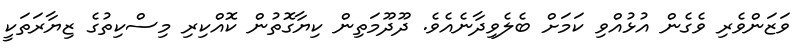
ވަޒަންވެރި ވެގެން އުޅުއްވި ކަމަށް ބެލެވިދާނެއެވެ. ދޫދޫމަތިން ކިޔާގޮތުން ކޮއްކިރި މިސްކިތުގެ ޒިޔާރަތަކީ